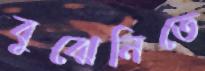
বুঝেনিতে